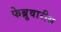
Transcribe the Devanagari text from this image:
फेब्रुवारीस